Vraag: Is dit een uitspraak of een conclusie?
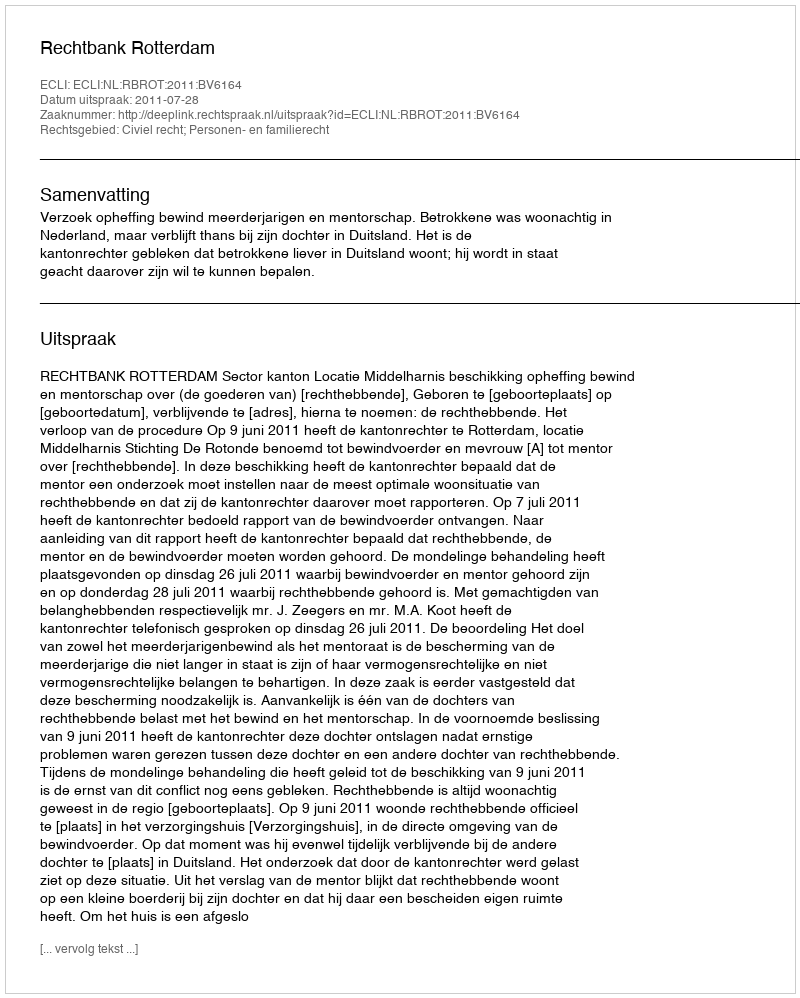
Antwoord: Uitspraak